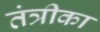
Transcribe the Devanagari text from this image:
तंत्रीका